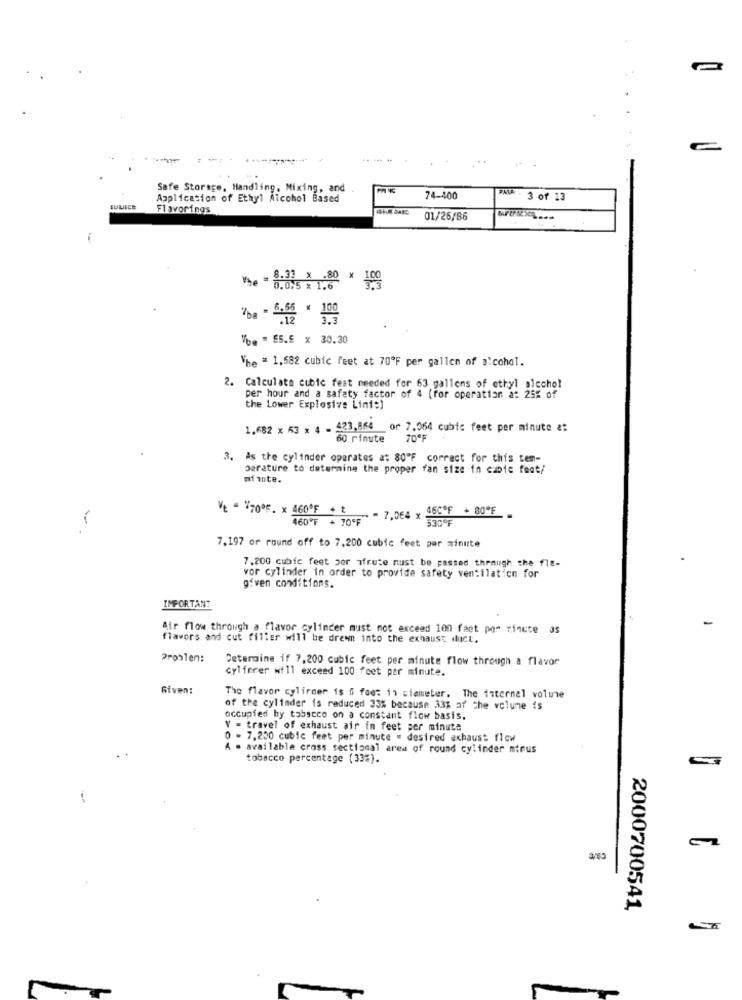
Safe Storage, Handling, Mixing, and
Application of Ethyl Alcohol Based
74-400
WMA . 3 of 13
Flavorings
01/26/86
0.0.5 *1:80 * 109
be - 6.65 * 100
.12 3.3
Vbe = ES.E x 30.30
"he = 1,582 cubic feet at 70ºF per gallon of alcohol.
2. Calculate cubic fest needed for 63 gallons of ethyl alcohol
per hour and a safety factor of 4 (for operation a: 25% of
the Lower Explosive Lini:)
1.682 x 63 x 4 - 423,864
or 7,064 cubic feet per minute &#
60 rinute
70ºF
3. As the cylinder operates at 80"F correct for this tem-
Derature to determine the proper fan size in cubic feet/
mi note.
VE = 170ºF. x 460ºF + +
$=" - 7,064 x 460ºF + 80ºF
460ºF + 70ºF
530ºF
7.197 or round off to 7,200 cubic feet par minute
7.200 cubic feet per afrute must be passed through che fle-
vor cylinder in order to provide safety ventilation for
given conditions.
IMPORTANT
Air flow through a flavor cylinder must not exceed 100 feet por rincte as
flavors and cut filler will be drewn into the exhaust duct.
Problem:
Determine if 7,200 cubic feet per minute flow through a flavor
cylfører will exceed 100 feet per minute.
Given:
The flavor cylinder is 6 feet in ciameter. The internal volume
of the cylinder is reduced 33% because 33% af the volume is
occupied by tobacco on a constant flow basis.
V = travel of exhaust air in feet per minute
0 - 7,200 cubic feet per minute . desired exhaust flow
A = available cross sectional area of round cylinder mirus
tobacco percentage (33%).
2000700541